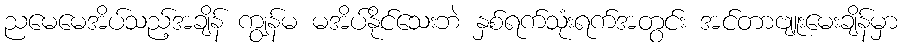
ညမေမေအိပ်သည့်အချိန် ကျွန်မ မအိပ်နိုင်သေးဘဲ နှစ်ရက်သုံးရက်အတွင်း အင်တာဗျူးမေးချိန်မှာ